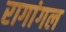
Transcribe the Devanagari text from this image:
रागांगल